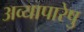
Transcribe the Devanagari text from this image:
अव्यापारेषु